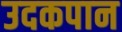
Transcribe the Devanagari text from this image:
उदकपान